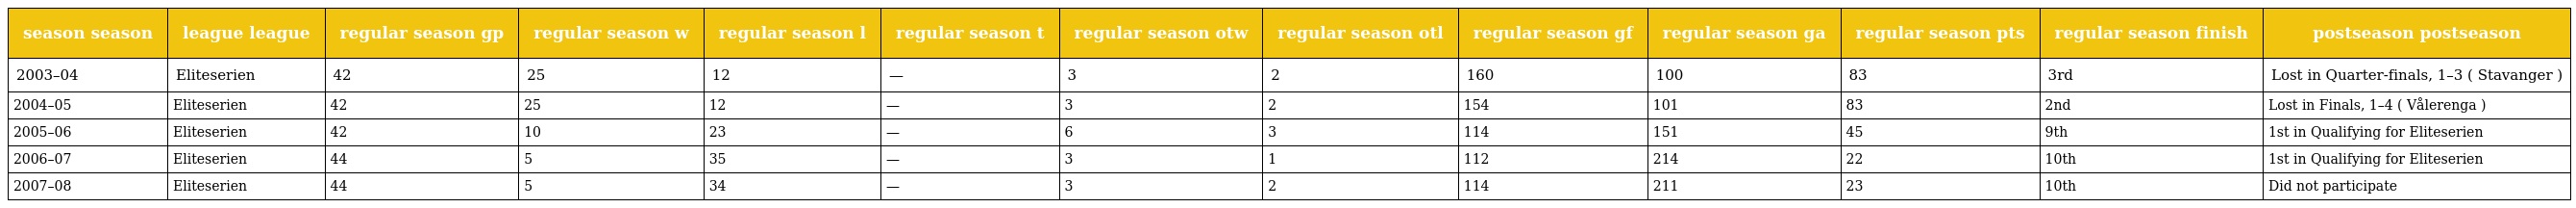
| season season | league league | regular season gp | regular season w | regular season l | regular season t | regular season otw | regular season otl | regular season gf | regular season ga | regular season pts | regular season finish | postseason postseason |
 | --- | --- | --- | --- | --- | --- | --- | --- | --- | --- | --- | --- | --- |
 | 2003–04 | Eliteserien | 42 | 25 | 12 | — | 3 | 2 | 160 | 100 | 83 | 3rd | Lost in Quarter-finals, 1–3 ( Stavanger ) |
 | 2004–05 | Eliteserien | 42 | 25 | 12 | — | 3 | 2 | 154 | 101 | 83 | 2nd | Lost in Finals, 1–4 ( Vålerenga ) |
 | 2005–06 | Eliteserien | 42 | 10 | 23 | — | 6 | 3 | 114 | 151 | 45 | 9th | 1st in Qualifying for Eliteserien |
 | 2006–07 | Eliteserien | 44 | 5 | 35 | — | 3 | 1 | 112 | 214 | 22 | 10th | 1st in Qualifying for Eliteserien |
 | 2007–08 | Eliteserien | 44 | 5 | 34 | — | 3 | 2 | 114 | 211 | 23 | 10th | Did not participate |